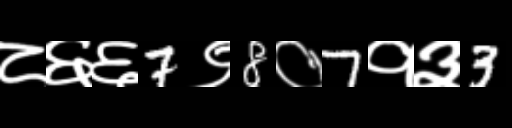
Text: ८६६7९8०7१३3